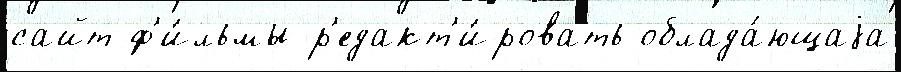
сайт ф'и́льмы р'едакт'и́ровать облада́ющаjа